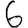
Digit: 6